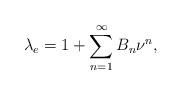
LaTeX: \begin{align*}\lambda_e = 1+\sum_{n=1}^{\infty} B_n \nu^n,\end{align*}